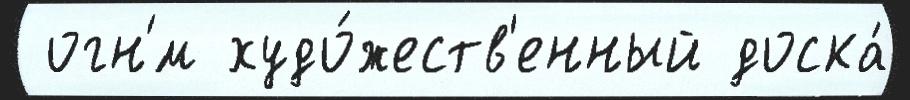
 огн'́м худо́жеств'енный доска́